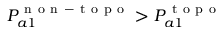
P _ { a 1 } ^ { \mathrm { ~ n ~ o ~ n ~ - ~ t ~ o ~ p ~ o ~ } } > P _ { a 1 } ^ { \mathrm { ~ t ~ o ~ p ~ o ~ } }